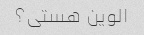
الوین هستی؟